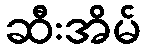
ဆီးအိမ်